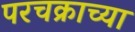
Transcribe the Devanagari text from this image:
परचक्राच्या